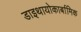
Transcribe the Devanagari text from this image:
डाइथायोकार्बामिक